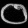
Digit: ၀